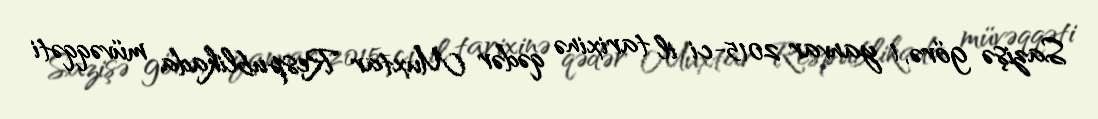
Sazişə görə, 1 yanvar 2015-ci il tarixinə qədər Muxtar Respublikada müvəqqəti